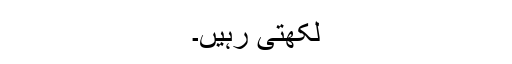
لکھتی رہیں۔